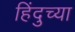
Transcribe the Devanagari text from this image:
हिंदुच्या